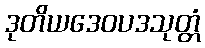
ဒုတိယဒေဝပဒသုတ္တံ